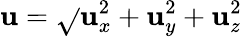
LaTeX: \mathbf{u}=\sqrt{}{{\mathbf{u}_{x}^{2}+\mathbf{u}_{y}^{2}+\mathbf{u}_{z}^{2}}}